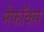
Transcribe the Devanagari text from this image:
मेंफॉक्स